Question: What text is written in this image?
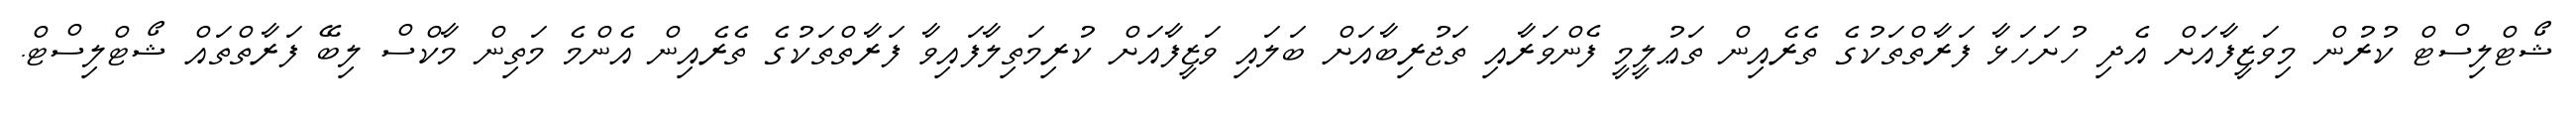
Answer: ޝޯޓްލިސްޓް ކުރުން މިވަޒީފާއަށް އެދި ހުށަހަޅާ ފަރާތްތަކުގެ ތެރެއިން ތަޢުލީމީ ފެންވަރާއި ތަޖުރިބާއަށް ބަލައި ވަޒީފާއަށް ކުރިމަތިލާފައިވާ ފަރާތްތަކުގެ ތެރެއިން އެންމެ މަތިން މާކްސް ލިބޭ ފަރާތްތައް ޝޯޓްލިސްޓް.